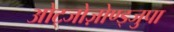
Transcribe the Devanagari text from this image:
ओट्जोज़ोण्ड्जुपा